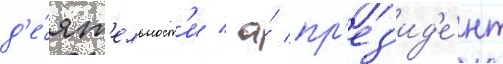
д'е́ят'ельност'и / а́ пр'ез'ид'е́нт